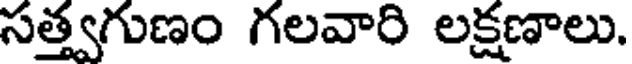
సత్త్వగుణం గలవారి లక్షణాలు.